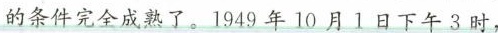
的条件完全成熟了。1949年10月1日下午3时